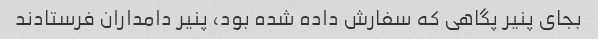
بجای پنیر پگاهی که سفارش داده شده بود، پنیر دامداران فرستادند